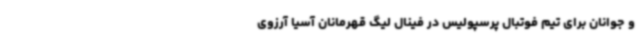
و جوانان برای تیم فوتبال پرسپولیس در فینال لیگ قهرمانان آسیا آرزوی